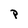
Character: p